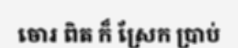
ចោរ ពិត ក៏ ស្រែក ប្រាប់